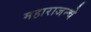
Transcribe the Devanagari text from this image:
महाराजन्चे